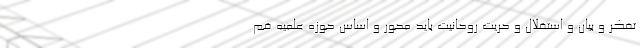
تفکر و بیان و استقلال و حریت روحانیت باید محور و اساس حوزه علمیه قم